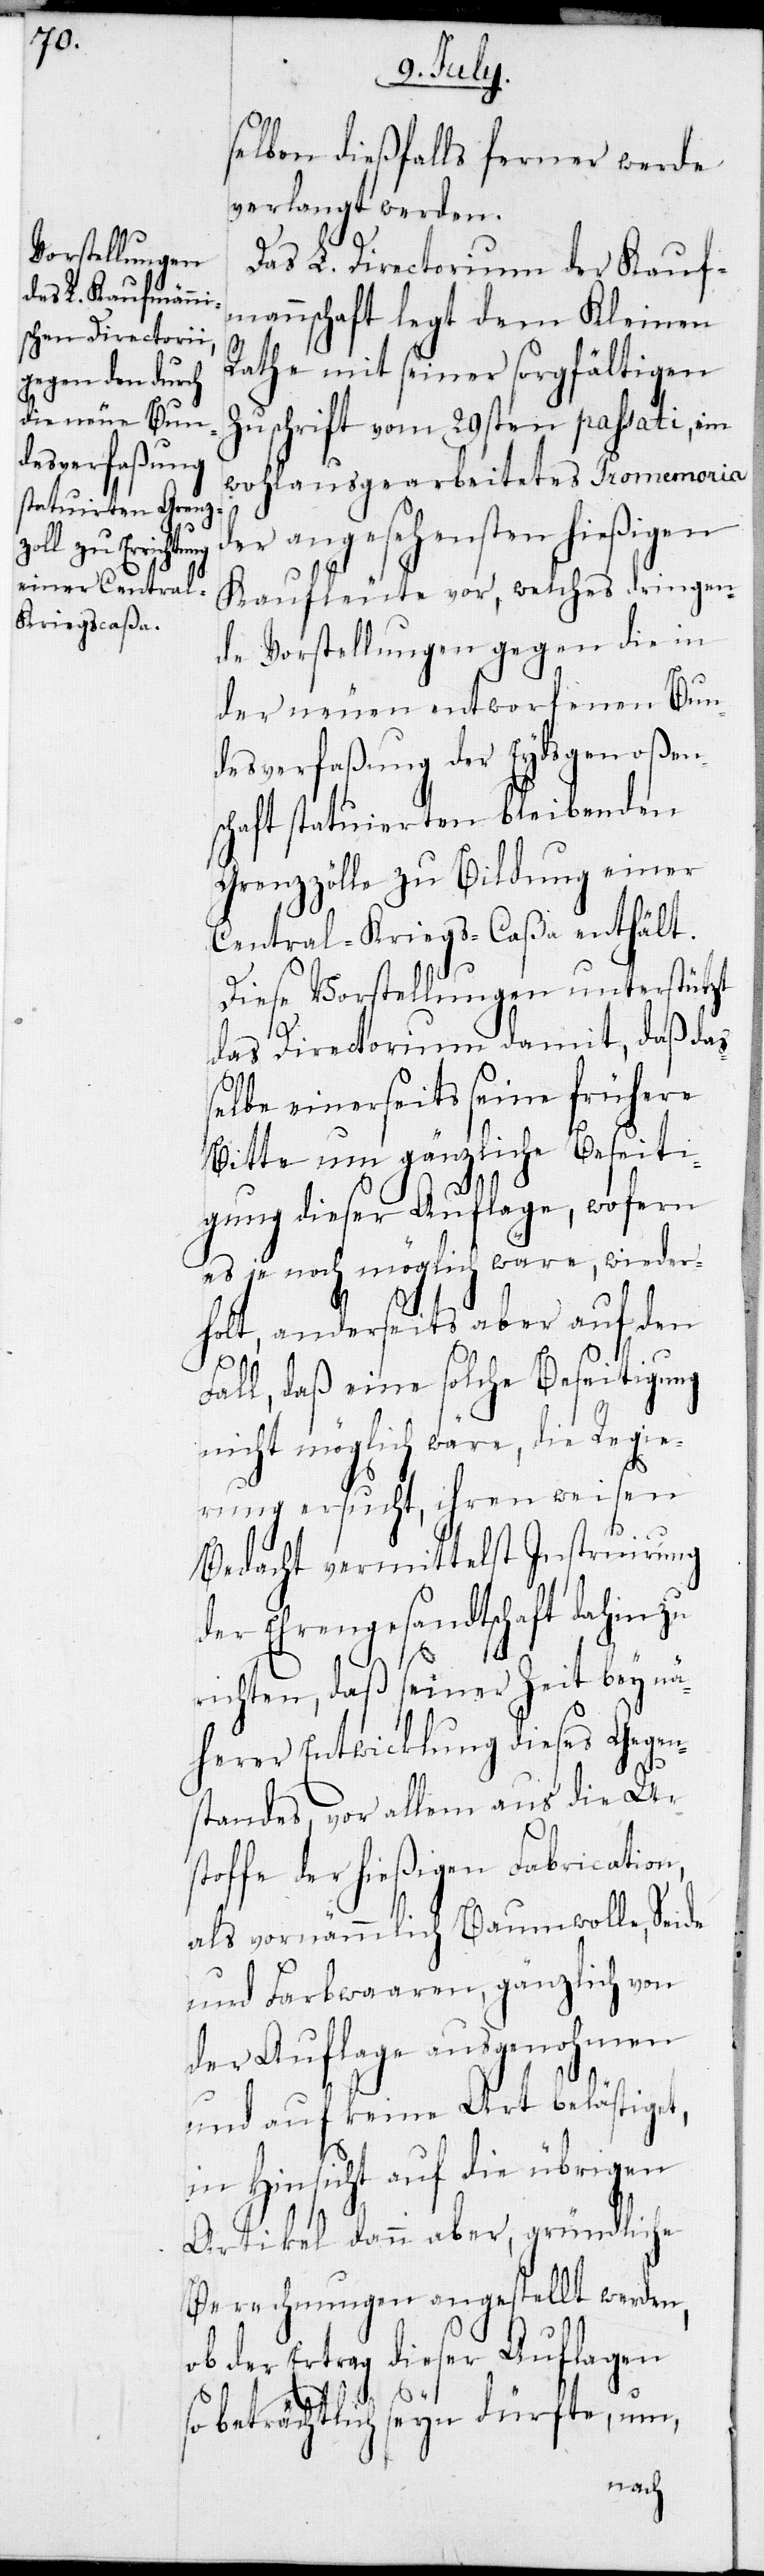
selben dießfalls ferner werde
verlangt werden.
Das L. Directorium der Kauf¬
mannschaft legt dem Kleinen
Rathe mit seiner sorgfältigen
Zuschrift vom 29sten passati, ein
wohlausgearbeitetes Promemoria
der angesehensten hießigen
Kaufleute vor, welches dringen¬
de Vorstellungen gegen die in
der neuen entworfenen Bun¬
desverfaßung der Eydsgenoßen¬
schaft statuierten bleibenden
Grenzzölle zu Bildung einer
Central-Kriegs-Caßa enthält.
Diese Vorstellungen unterstützt
das Directorium damit, daß die¬
selbe einerseits seine frühere
Bitte um gänzliche Beseiti¬
gung dieser Auflage, wofern
es je noch möglich wäre, wieder¬
holt, anderseits aber auf den
Fall, daß eine solche Beseitigung
nicht möglich wäre, die Regie¬
rung ersucht, ihren weisen
Bedacht vermittelst Instruirung
der Ehrengesandtschaft dahin zu
richten, daß seiner Zeit bey nä¬
herer Entwicklung dieses Gegen¬
standes, vor allem aus die Ur¬
stoffe der hießigen Fabrication,
als vornämmlich Baumwolle, Seide
und Farbwaaren, gänzlich von
der Auflage ausgenohmen
und auf keine Art belästiget,
in Hinsicht auf die übrigen
Artikel dann aber, gründliche
Berechnungen angestellt werden,
ob der Ertrag dieser Auflagen
so beträchtlich seyn dürfte, um,